Report on the bubonic plague in Bombay, 1896-1897
Year: 1896
Disease focus: Plague
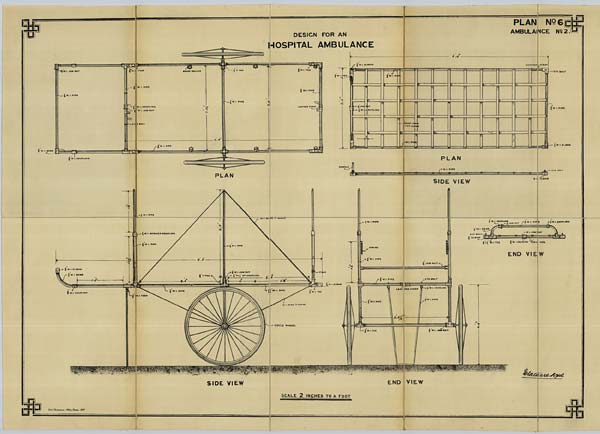
PLAN No. 6
AMBULANCE No. 2
DESIGN FOR AN
HOSPITAL AMBULANCE
SCALE 2 INCHES TO A FOOT
Govt. Photozinco: Office, Poona, 1897.